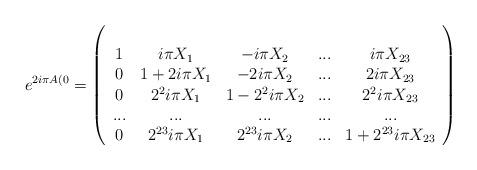
LaTeX: \begin{align*}e^{2i\pi A(0}=\left(\begin{array}{ccccc}\\1&i\pi X_1&-i\pi X_2 & ...& i\pi X_{23}\\0&1+2i\pi X_1 & -2i\pi X_2 & ... & 2i\pi X_{23} \\0&2^2i\pi X_1 & 1 - 2^2i\pi X_2 & ...& 2^2i\pi X_{23} \\...&...&...&...&...\\0&2^{23}i\pi X_1&2^{23}i\pi X_2&...&1+2^{23}i\pi X_{23}\\\end{array}\right)\end{align*}